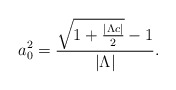
\begin{align*}a_{0}^{2}=\frac{\sqrt{1+\frac{{|\Lambda c|}}{2}}-1}{|{\Lambda |}}.\end{align*}